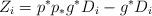
LaTeX: \begin{align*}Z_{i}=p^{*}{p}_{*}g^{*}D_{i}-g^{*}D_{i}\end{align*}